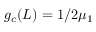
g _ { c } ( L ) = 1 / 2 \mu _ { 1 }